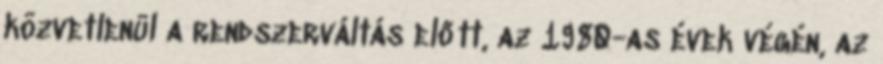
közvetlenül a rendszerváltás előtt, az 1980-as évek végén, az